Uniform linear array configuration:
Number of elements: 32
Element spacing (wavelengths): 0.5
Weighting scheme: hamming
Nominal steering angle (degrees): -60
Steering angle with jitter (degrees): -60.844
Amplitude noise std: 0.05
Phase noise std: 0.05

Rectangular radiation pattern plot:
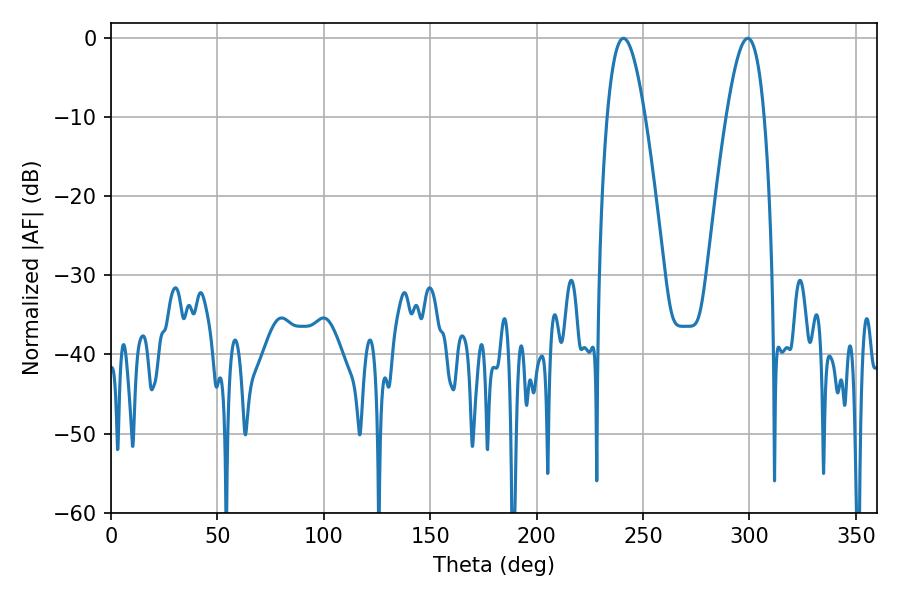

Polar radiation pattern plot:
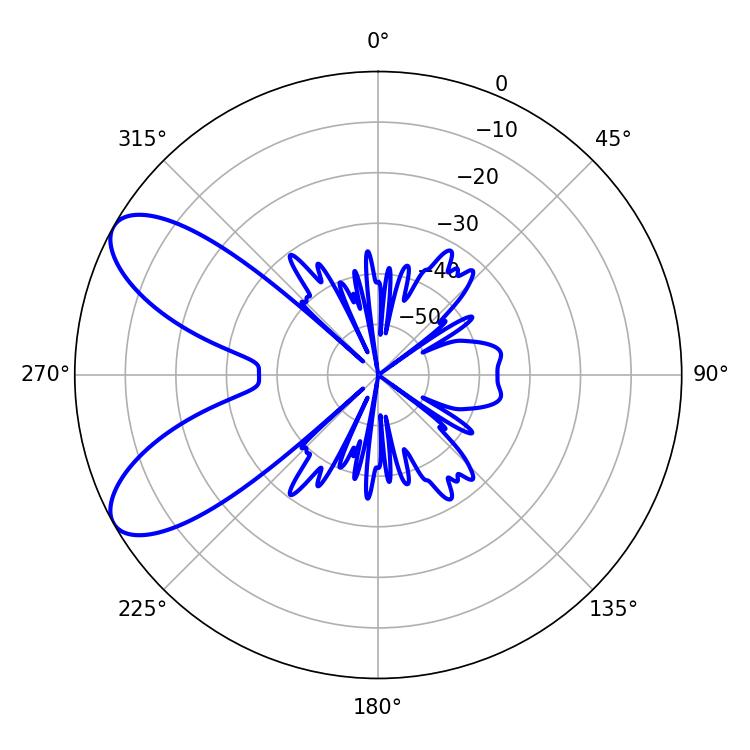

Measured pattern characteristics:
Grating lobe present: FALSE
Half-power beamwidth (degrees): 9.72
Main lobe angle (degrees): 240.84